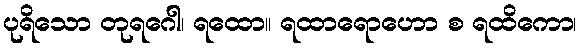
ပုရိသော တုရဂေါ၊ ရထော။ ရထာရောဟော စ ရထိကော၊